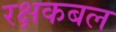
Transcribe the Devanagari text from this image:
रक्षकबल